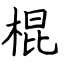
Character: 棍